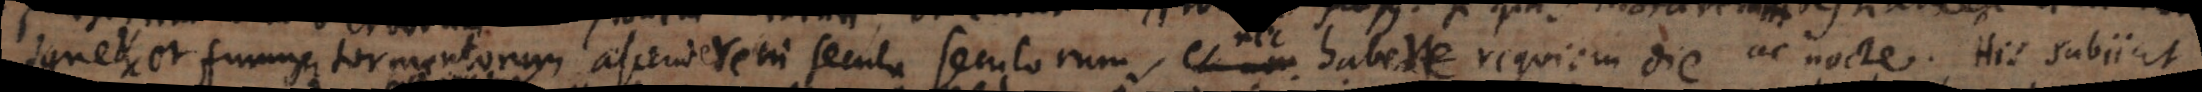
igne etc. et fumum tormentorum ascendere in secula seculorum, habere requiem die ac nocte. His subjici